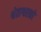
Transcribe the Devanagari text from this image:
श्वेताश्वरको